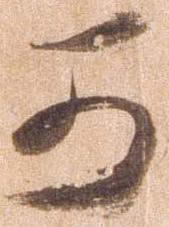
可